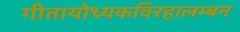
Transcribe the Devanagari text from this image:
गीतायोध्यकविरहालम्बन